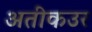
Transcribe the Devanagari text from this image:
अतीकउर